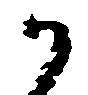
か